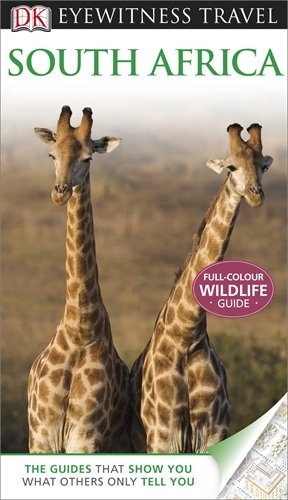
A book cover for DK Eyewitness Travel Guide: South Africa; Michael Brett; Travel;